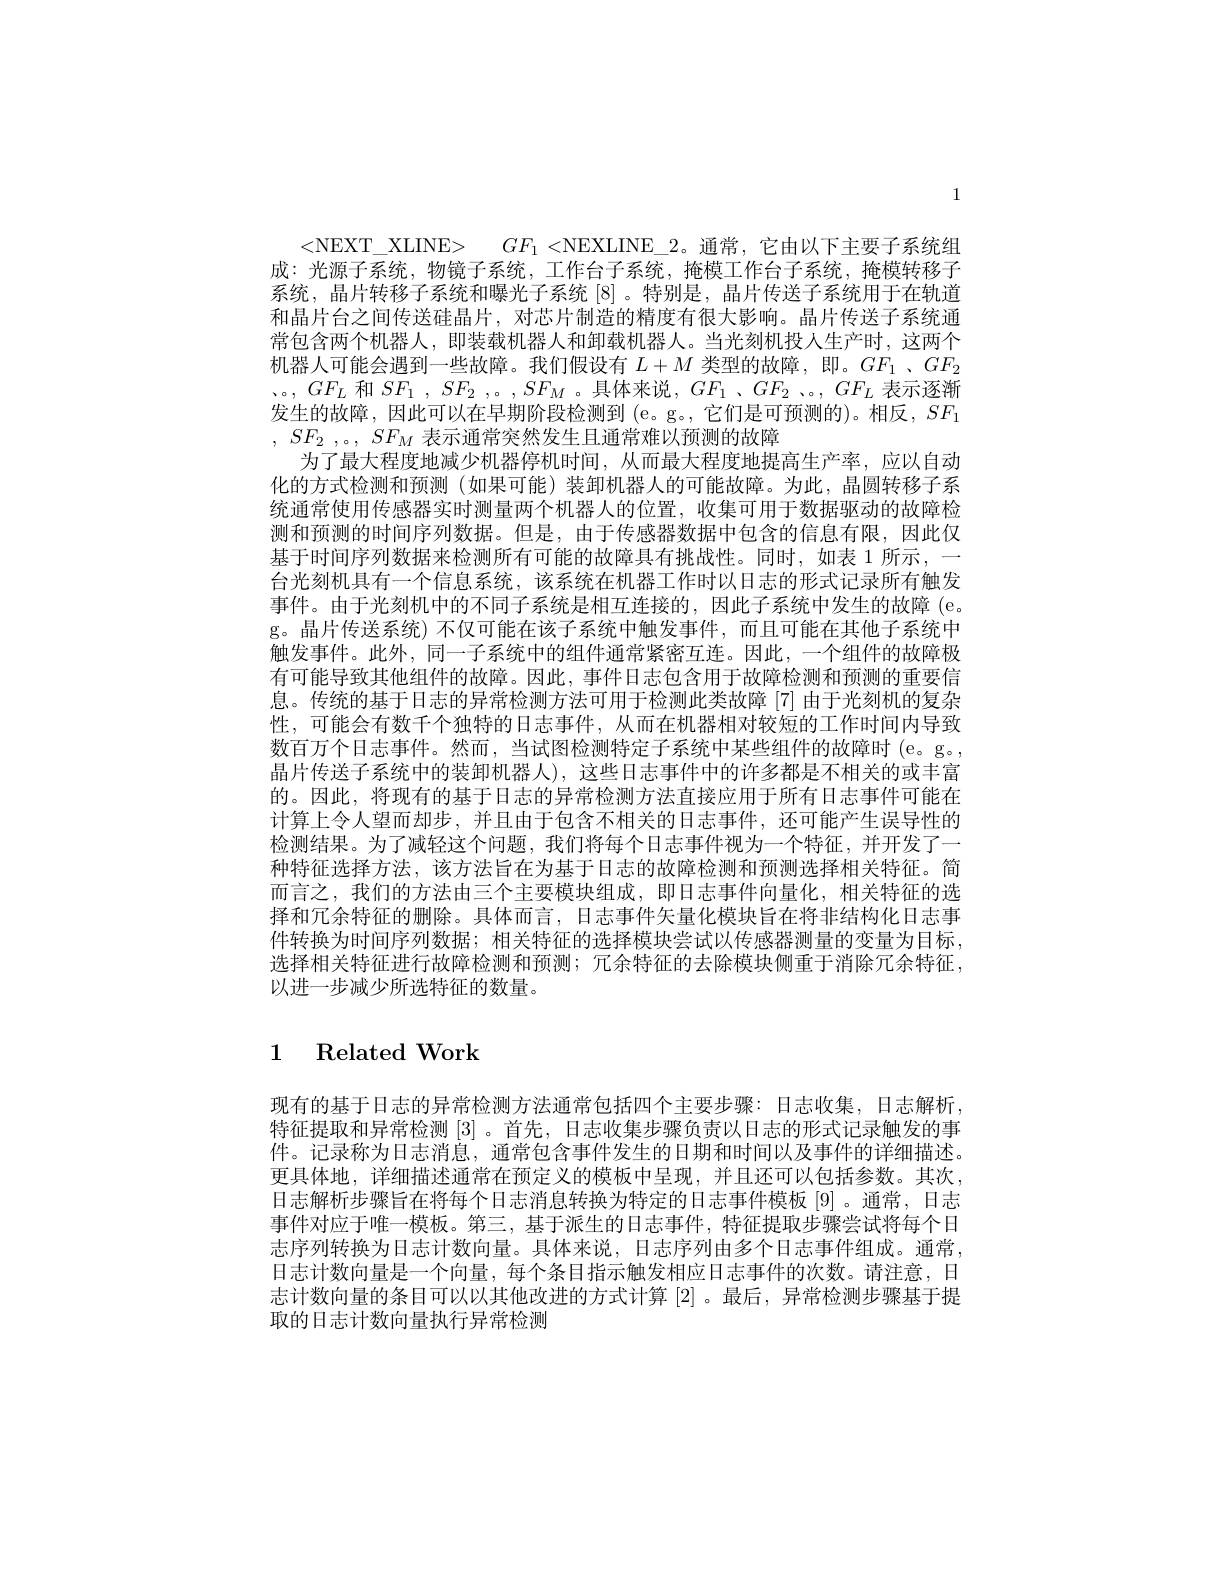
1

<NEXT\_XLINE> $GF_{1}<$NEXLINE\_2。通常，它由以下主要子系统组成：光源子系统，物镜子系统，工作台子系统，掩模工作台子系统，掩模转移子系统，晶片转移子系统和曝光子系统[8]。特别是，晶片传送子系统用于在轨道和晶片台之间传送硅晶片，对芯片制造的精度有很大影响。晶片传送子系统通常包含两个机器人，即装载机器人和卸载机器人。当光刻机投入生产时，这两个机器人可能会遇到一些故障。我们假设有$L+M$类型的故障，即。$GF_1$ 、$GF_2$ $、 。$, $GF_{L}$ 和 $SF_1$ , $SF_{2}$ $, 。, SF_{M}$ 。具体来说，$GF_1$ $、 GF_{2}$ $、 $, $GF_{L}$ 表示逐渐发生的故障，因此可以在早期阶段检测到(e。g。,它们是可预测的)。相反，$SF_1$ , $SF_{2}$ ,。, $SF_{M}$表示通常突然发生且通常难以预测的故障
为了最大程度地减少机器停机时间，从而最大程度地提高生产率，应以自动化的方式检测和预测(如果可能)装卸机器人的可能故障。为此，晶圆转移子系统通常使用传感器实时测量两个机器人的位置，收集可用于数据驱动的故障检测和预测的时间序列数据。但是，由于传感器数据中包含的信息有限，因此仅基于时间序列数据来检测所有可能的故障具有挑战性。同时，如表1所示，一台光刻机具有一个信息系统，该系统在机器工作时以日志的形式记录所有触发事件。由于光刻机中的不同子系统是相互连接的，因此子系统中发生的故障 (e。g。晶片传送系统)不仅可能在该子系统中触发事件，而且可能在其他子系统中触发事件。此外，同一子系统中的组件通常紧密互连。因此，一个组件的故障极有可能导致其他组件的故障。因此，事件日志包含用于故障检测和预测的重要信息。传统的基于日志的异常检测方法可用于检测此类故障[7]由于光刻机的复杂性，可能会有数千个独特的日志事件，从而在机器相对较短的工作时间内导致数百万个日志事件。然而，当试图检测特定子系统中某些组件的故障时(e。g。, 晶片传送子系统中的装卸机器人), 这些日志事件中的许多都是不相关的或丰富的。因此，将现有的基于日志的异常检测方法直接应用于所有日志事件可能在计算上令人望而却步，并且由于包含不相关的日志事件，还可能产生误导性的检测结果。为了减轻这个问题，我们将每个日志事件视为一个特征，并开发了一种特征选择方法，该方法旨在为基于日志的故障检测和预测选择相关特征。简而言之，我们的方法由三个主要模块组成，即日志事件向量化，相关特征的选择和冗余特征的删除。具体而言，日志事件矢量化模块旨在将非结构化日志事件转换为时间序列数据；相关特征的选择模块尝试以传感器测量的变量为目标， 选择相关特征进行故障检测和预测；冗余特征的去除模块侧重于消除冗余特征， 以进一步减少所选特征的数量。

# 1 Related Work

现有的基于日志的异常检测方法通常包括四个主要步骤：日志收集，日志解析特征提取和异常检测[3] 。首先，日志收集步骤负责以日志的形式记录触发的事件。记录称为日志消息，通常包含事件发生的日期和时间以及事件的详细描述。更具体地，详细描述通常在预定义的模板中呈现，并且还可以包括参数。其次， 日志解析步骤旨在将每个日志消息转换为特定的日志事件模板[9]。通常，日志事件对应于唯一模板。第三，基于派生的日志事件，特征提取步骤尝试将每个日志序列转换为日志计数向量。具体来说，日志序列由多个日志事件组成。通常日志计数向量是一个向量，每个条目指示触发相应日志事件的次数。请注意，日志计数向量的条目可以以其他改进的方式计算 [2]。最后，异常检测步骤基于提取的日志计数向量执行异常检测